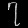
Digit: ၇